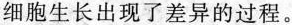
细胞生长出现了差异的过程。